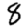
Digit: 8